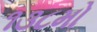
૧૩૮મો